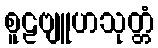
စူဠဗျူဟသုတ္တံ